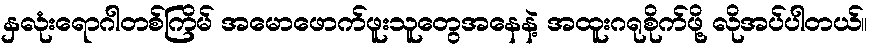
နှလုံးရောဂါတစ်ကြိမ် အမောဖောက်ဖူးသူတွေအနေနဲ့ အထူးဂရုစိုက်ဖို့ လိုအပ်ပါတယ်။